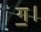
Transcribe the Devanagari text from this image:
ग॒।